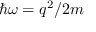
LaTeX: \hbar \omega = q ^ { 2 } / 2 m